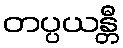
တပ္ပယန္တီ